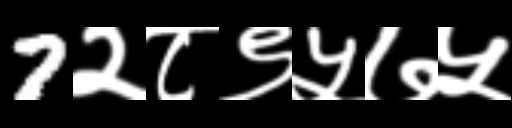
Text: 7२८९५७५